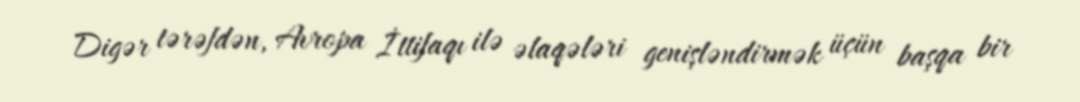
Digər tərəfdən, Avropa İttifaqı ilə əlaqələri genişləndirmək üçün başqa bir